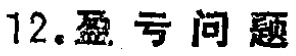
12.盈亏问题